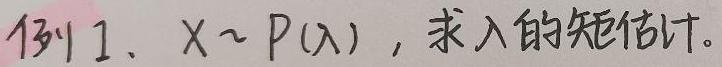
例1. $X\sim P(\lambda)$，求$\lambda$的矩估计。